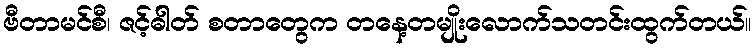
ဗီတာမင်စီ၊ ဇင့်ဓါတ် စတာတွေက တနေ့တမျိုးလောက်သတင်းထွက်တယ်။